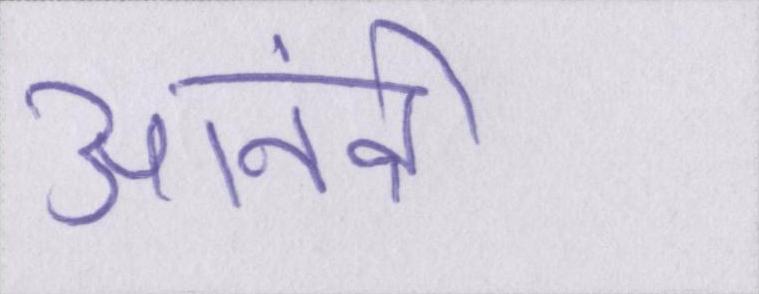
आनंदी